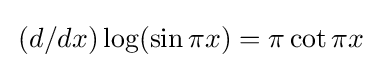
\,(d/dx)\log(\sin \pi x)=\pi \cot \pi x